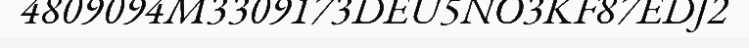
4809094M3309173DEU5NO3KF87EDJ2